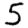
Digit: 5